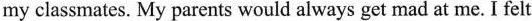
my classmates. My parents would always get mad at me. I felt